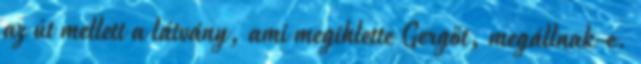
az út mellett a látvány, ami megihlette Gergőt, megállnak-e.